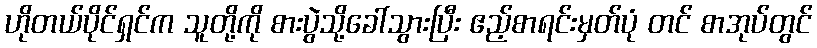
ဟိုတယ်ပိုင်ရှင်က သူတို့ကို စားပွဲသို့ခေါ်သွားပြီး ဧည့်စာရင်းမှတ်ပုံ တင် စာအုပ်တွင်